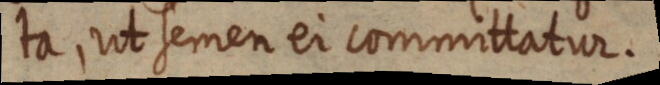
ta, ut semen ei committatur.